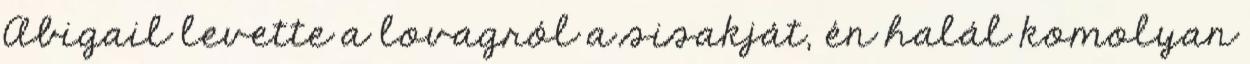
Abigail levette a lovagról a sisakját, én halál komolyan